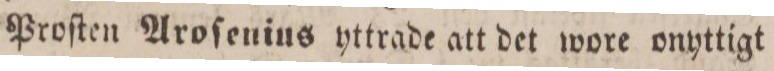
Proſten Aroſenins yttrade att det wore onyttigt